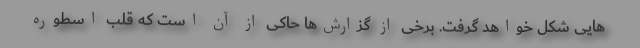
هایی شکل خواهد گرفت. برخی از گزارش‌ها حاکی از آن است که قلب اسطوره